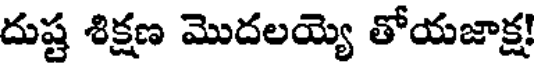
దుష్ట శిక్షణ మొదలయ్యె తోయజాక్ష!